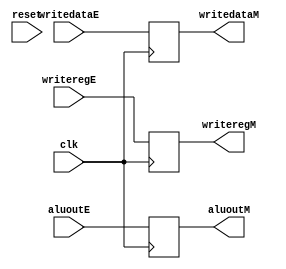
module e_m(input clk,reset,
	input [4:0] writeregE,
	input [31:0] aluoutE,writedataE,
	output reg [4:0] writeregM,
	output reg [31:0] aluoutM,writedataM);

always @(posedge clk)
begin
	writeregM <= writeregE;

	aluoutM <= aluoutE;
	writedataM <= writedataE;
end
endmodule